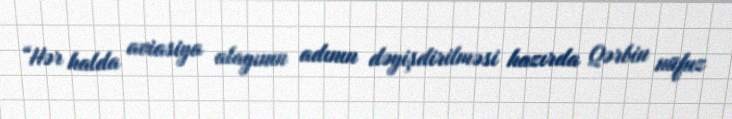
“Hər halda aviasiya alayının adının dəyişdirilməsi hazırda Qərbin nüfuz